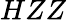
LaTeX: HZZ